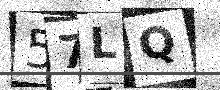
Text: 57LQ